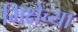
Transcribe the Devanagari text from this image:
भिक्षेच्या